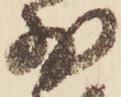
少